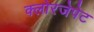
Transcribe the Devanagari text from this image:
क्लोरजेपेट